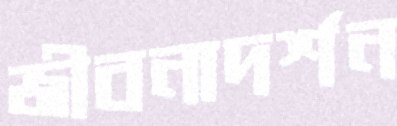
জীবনাদর্শন